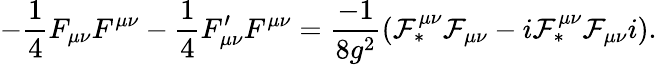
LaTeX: -\frac{1}{4}F_{\mu\nu}F^{\mu\nu}-\frac{1}{4}F_{\mu\nu}^{\prime}F^{\mu\nu}=\frac{-1}{8g^{2}}({\cal F}_{\ast}^{\mu\nu}{\cal F}_{\mu\nu}-i{\cal F}_{\ast}^{\mu\nu}{\cal F}_{\mu\nu}i).